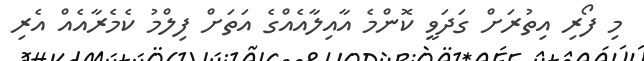
މި ފޯރި އިތުރަށް ގަދަވީ ކޮންމެ އާއިލާއެއްގެ އަތަށް ފިލްމު ކެމެރާއެއް އެރި